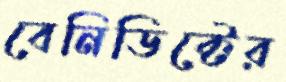
বেনিডিক্টের